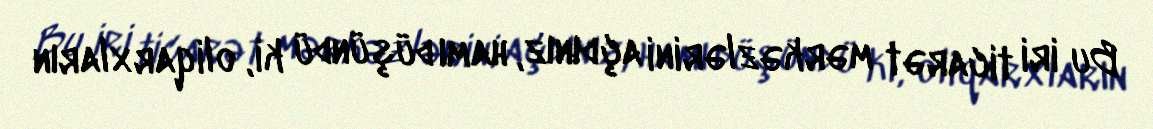
Bu iri ticarət mərkəzlərini açdınız, hamı düşündü ki, oliqarxların